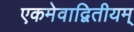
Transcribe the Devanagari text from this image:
एकमेवाद्वितीयम्‌